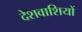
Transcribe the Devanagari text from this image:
देशवाशियों